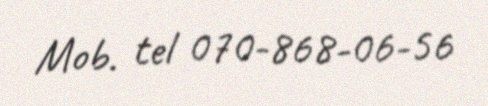
Mob. tel 070-868-06-56